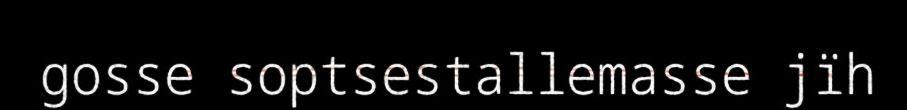
gosse soptsestallemasse jïh